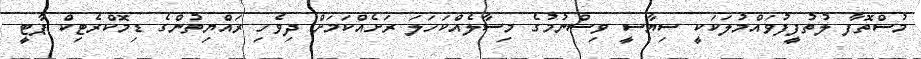
މުސްތޮފާ ލުތުފީފުވައްމުލަކަކީ ސިޔާސީ ވިސްނުމުގެ މިސާލެއްކަހަލަ ރަށެއްކަމަށް ދިވެހި ރައްޔިތުންގެ ޑިމޮކްރެޓިކް ޕާޓީ